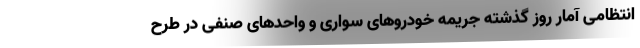
انتظامی آمار روز گذشته جریمه خودروهای سواری و واحدهای صنفی در طرح